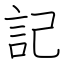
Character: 記